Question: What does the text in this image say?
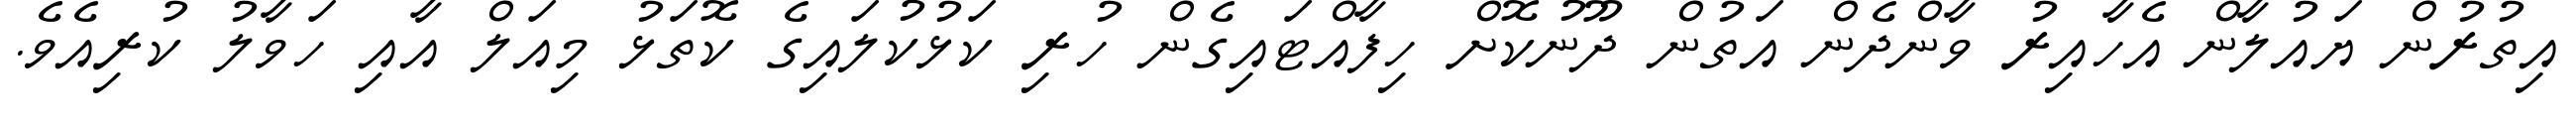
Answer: އިތުރުން ޔައުލާން އެހާއިރު ވާންދެން އަތުން ދޫނުކޮށް ހިފާއްޓައިގެން ހުރި ކަޅުކުލައިގެ ކޮތަޅު މިއަލް އާއި ހަވާލު ކުރިއެވެ.